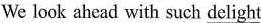
We look ahead with such delight